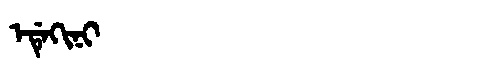
Manchu: ᡝᡩᡝᡴᡳᠨᡳ
Romanization: EDEKINI